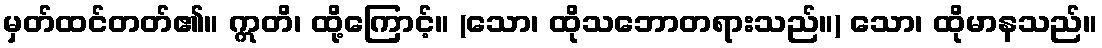
မှတ်ထင်တတ်၏။ ဣတိ၊ ထို့ကြောင့်။ (သော၊ ထိုသဘောတရားသည်။) သော၊ ထိုမာနသည်။